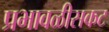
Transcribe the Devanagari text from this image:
प्रभावळीसकट